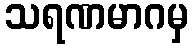
သရဏမာဂမှ